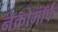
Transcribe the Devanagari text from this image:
नेक्रोमॉर्फ